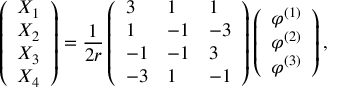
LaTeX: \left( \begin{array} { l } { { X _ { 1 } } } \\ { { X _ { 2 } } } \\ { { X _ { 3 } } } \\ { { X _ { 4 } } } \end{array} \right) = \frac { 1 } { 2 r } \left( \begin{array} { l l l } { { 3 } } & { { 1 } } & { { 1 } } \\ { { 1 } } & { { - 1 } } & { { - 3 } } \\ { { - 1 } } & { { - 1 } } & { { 3 } } \\ { { - 3 } } & { { 1 } } & { { - 1 } } \end{array} \right) \left( \begin{array} { l } { { \varphi ^ { ( 1 ) } } } \\ { { \varphi ^ { ( 2 ) } } } \\ { { \varphi ^ { ( 3 ) } } } \end{array} \right) ,